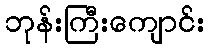
ဘုန်းကြီးကျောင်း